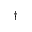
^ \dag